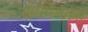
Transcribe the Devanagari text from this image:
खामियाज़ा